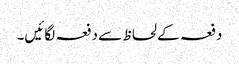
دفعہ کے لحاظ سے دفعہ لگائیں۔